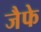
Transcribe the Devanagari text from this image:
जैफे